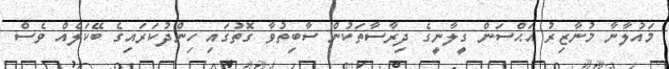
މައުލާނާ މުނާޒިރު އަޙްސަން ގީލާނީގެ ދިރާސާތަކުން ސާބިތުވާ ގޮތުގައި ހިންދުކަރައިގެ ބޭކަލެއް ވެސް